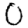
Digit: 0